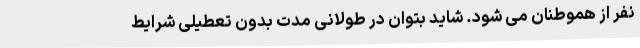
نفر از هموطنان می شود. شاید بتوان در طولانی مدت بدون تعطیلی شرایط